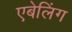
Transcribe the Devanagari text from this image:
एबेलिंग